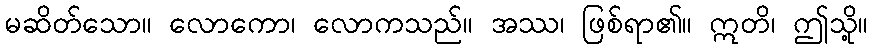
မဆိတ်သော။ လောကော၊ လောကသည်။ အဿ၊ ဖြစ်ရာ၏။ ဣတိ၊ ဤသို့။